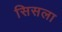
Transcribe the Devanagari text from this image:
सिसला